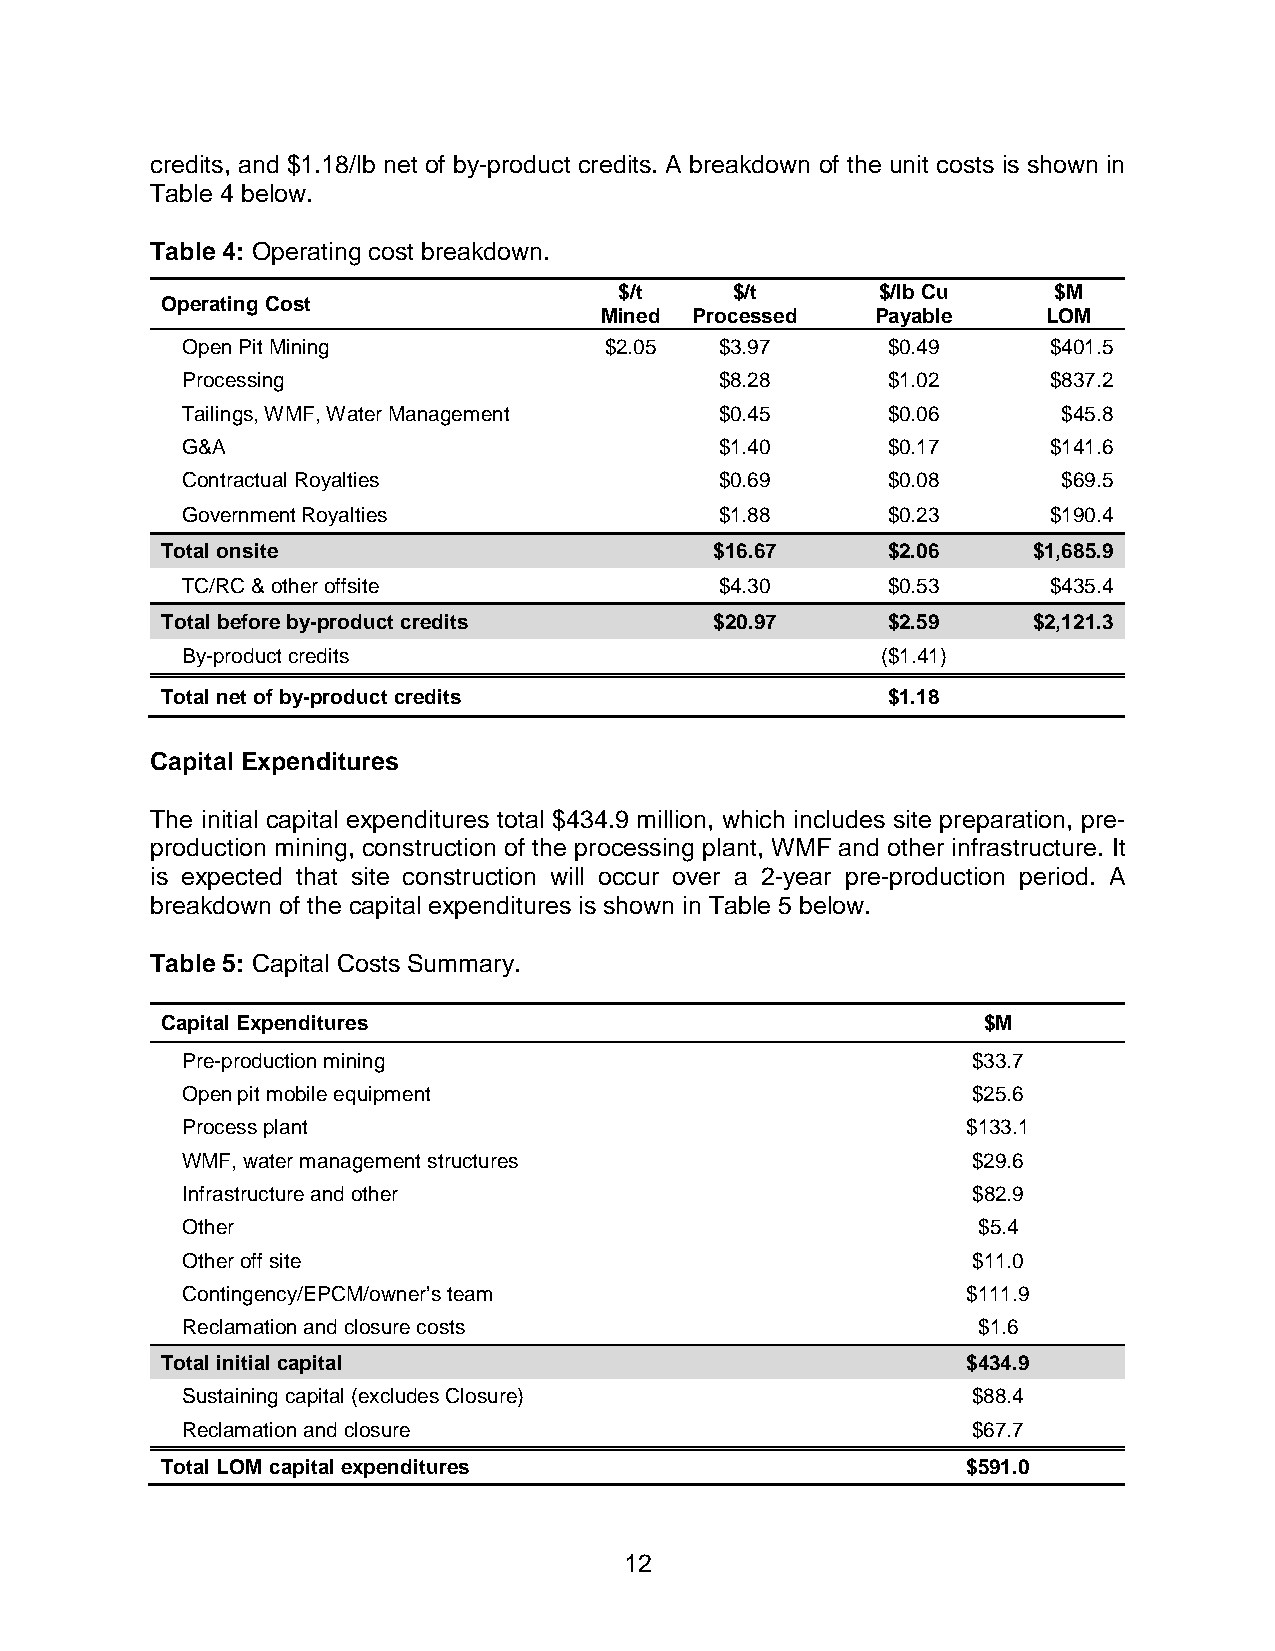
credits, and $1.18/lb net of by-product credits. A breakdown of the unit costs is shown in
 Table 4 below.
 Table 4: Operating cost breakdown.
 $/t     $/t      $/lb Cu     $M
 Operating Cost
 Mined Processed   Payable    LOM
 Open Pit Mining             $2.05   $3.97      $0.49      $401.5
 Processing                          $8.28      $1.02      $837.2
 Tailings, WMF, Water Management     $0.45      $0.06      $45.8
 G&A                                 $1.40      $0.17      $141.6
 Contractual Royalties               $0.69      $0.08      $69.5
 Government Royalties                $1.88      $0.23      $190.4
 Total onsite                        $16.67      $2.06    $1,685.9
 TC/RC & other offsite               $4.30      $0.53      $435.4
 Total before by-product credits     $20.97      $2.59    $2,121.3
 By-product credits                            ($1.41)
 Total net of by-product credits                 $1.18
 Capital Expenditures
 The initial capital expenditures total $434.9 million, which includes site preparation, pre-
 production mining, construction of the processing plant, WMF and other infrastructure. It
 is expected that site construction will occur over a 2-year pre-production period. A
 breakdown of the capital expenditures is shown in Table 5 below.
 Table 5: Capital Costs Summary.
 Capital Expenditures                                  $M
 Pre-production mining                               $33.7
 Open pit mobile equipment                           $25.6
 Process plant                                       $133.1
 WMF, water management structures                    $29.6
 Infrastructure and other                            $82.9
 Other                                                $5.4
 Other off site                                      $11.0
 Contingency/EPCM/owner’s team                       $111.9
 Reclamation and closure costs                        $1.6
 Total initial capital                                $434.9
 Sustaining capital (excludes Closure)               $88.4
 Reclamation and closure                             $67.7
 Total LOM capital expenditures                       $591.0
 12